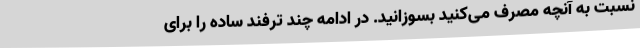
نسبت به آنچه مصرف می‌کنید بسوزانید. در ادامه چند ترفند ساده را برای